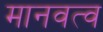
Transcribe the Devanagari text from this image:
मानवत्व